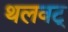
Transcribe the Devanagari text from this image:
थलवट्